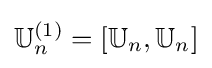
\mathbb {U} _{n}^{(1)}=[\mathbb {U} _{n},\mathbb {U} _{n}]